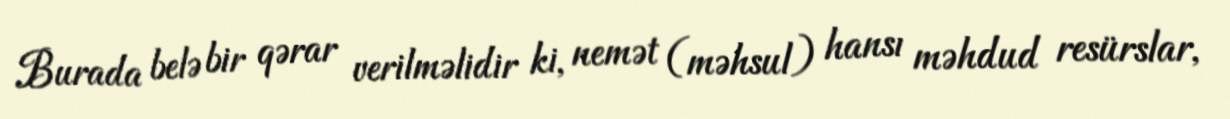
Burada belə bir qərar verilməlidir ki, nemət (məhsul) hansı məhdud resürslar,